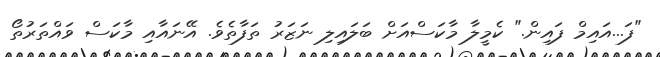
"ފަ...އައިމް ފައިން." ކެމީލާ މާކަސްއަށް ބަލައިލި ނަޒަރު ތަފާތެވެ. އޭނައާއި މާކަސް ވައްތަރުތޯ